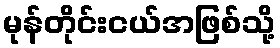
မုန်တိုင်းငယ်အဖြစ်သို့